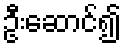
ဦးဆောင်၍